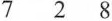
7 2 8